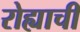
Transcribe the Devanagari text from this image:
रोह्याची